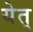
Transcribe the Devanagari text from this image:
येत्